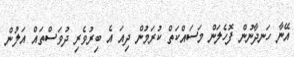
އޭނާ ހަނދާނުން ފޮހެލަން މަސައްކަތް ކުރަމުން ދިއަ އެ ބިރުވެރި ދުވަސްތައް އަލުން